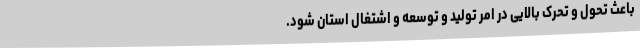
باعث تحول و تحرک بالایی در امر تولید و توسعه و اشتغال استان شود.